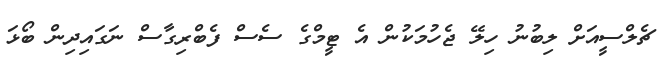
ޗެލްސީއަށް ލިބުނު ހިލޭ ޖެހުމަކުން އެ ޓީމްގެ ސެސް ފެބްރިގާސް ނަގައިދިން ބޯޅަ